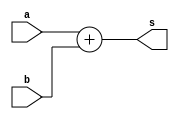
 // ------------------------- 
// Exemplo0017 - OPERAES
// Nome: Mateus Lara Carvalho 
// ------------------------- 
// ------------------------- 
// test number system 
// ------------------------- 

module EX02a (output [6:0]s, input [5:0]a, input [4:0]b);
	assign s = a + b;
endmodule

module EX02b (output [5:0]s, input [4:0]a, input [4:0]b);
	assign s = a + b;
endmodule
	
module EX02c (output [9:0]s, input [9:0]a, input [6:0]b);
	assign s = a / b;
endmodule
	
module EX02d (output [8:0]s, input [8:0]a, input [8:0]b);
	assign s = a - b;
endmodule
	
module EX02e (output [9:0]s, input [4:0]a, input [4:0]b, input [7:0]c);
	assign s = ((a * b) + c);
endmodule

module test_base_01; 
// ------------------------- definir dados 
	reg [5:0]a; 
	reg [4:0]b; 
	reg [4:0]c; 
	reg [4:0]d;
	reg [9:0]e; 
	reg [6:0]f; 
	reg [8:0]g; 
	reg [8:0]h; 
	reg [4:0]i; 
	reg [4:0]j; 
	reg [7:0]k;   
		
	wire [6:0]sA; 
	wire [5:0]sB; 
	wire [9:0]sC; 
	wire [8:0]sD; 
	wire [9:0]sE;  
	
	EX02a letraA(sA, a, b); 
	EX02b letraB(sB, c, d);
	EX02c letraC(sC, e, f);
	EX02d letraD(sD, g, h);
	EX02e letraE(sE, i, j, k);
	
// ------------------------- parte principal 
initial begin 
	$display("Exemplo0017 - Mateus Lara Carvalho - 441700"); 
	$display("Test number system"); 
	
	a = 6'b100110;
	b = 5'b11011; 
	$display("\nLetra A)");
	$display("%b + %b = %b", a, b, sA);
	
	c = 5'b11101;
	d = 'o25;
	$display("\nLetra B)");
	$display("%b + %o = %b", c, d, sB);
				
	e = 'o1234;
	f = 'h4C;
	$display("\nLetra C)");
	$display("%o / %h = %b", e, f, sC);
				
	g = 'h1BA;
	h = 9'b101110011;
	$display("\nLetra D)");
	$display("%h - %b = %b", g, h, sD);
				
	i = 25;
	j = 'o32;
	k = 'h8A;
	$display("\nLetra E)");
	$display("(%d * %o) + %h = %b", i, j, k, sE);	

end 
endmodule // test_base